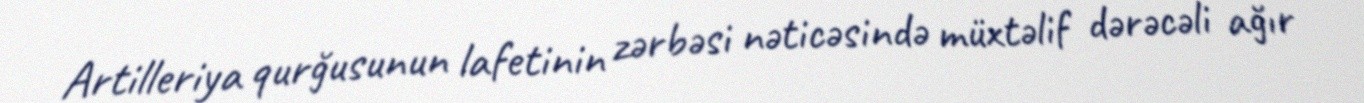
Artilleriya qurğusunun lafetinin zərbəsi nəticəsində müxtəlif dərəcəli ağır